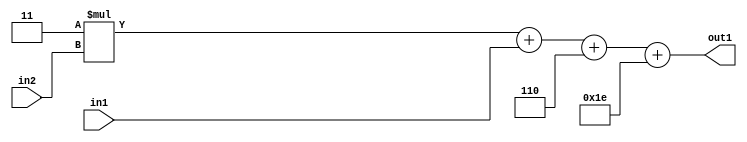
`timescale 1ps / 1ps
/*****************************************************************************
    Verilog RTL Description
    
    
    Created by: Stratus DpOpt 21.05.01 
*******************************************************************************/

module SobelFilter_Add2i30Add3i6u2Mul2i3u2_4 (
	in2,
	in1,
	out1
	); /* architecture "behavioural" */ 
input [1:0] in2,
	in1;
output [5:0] out1;
wire [5:0] asc001;
wire [4:0] asc003;

wire [4:0] asc003_tmp_0;
wire [4:0] asc003_tmp_1;
assign asc003_tmp_1 = 
	+(5'B00011 * in2);
assign asc003_tmp_0 = asc003_tmp_1
	+(in1);
assign asc003 = asc003_tmp_0
	+(5'B00110);

assign asc001 = 
	+(asc003)
	+(6'B011110);

assign out1 = asc001;
endmodule

/* CADENCE  v7X0SgA= : u9/ySxbfrwZIxEzHVQQV8Q== ** DO NOT EDIT THIS LINE ******/